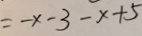
= - x - 3 - x + 5